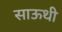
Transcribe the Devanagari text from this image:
साऊथी